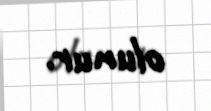
olunur.